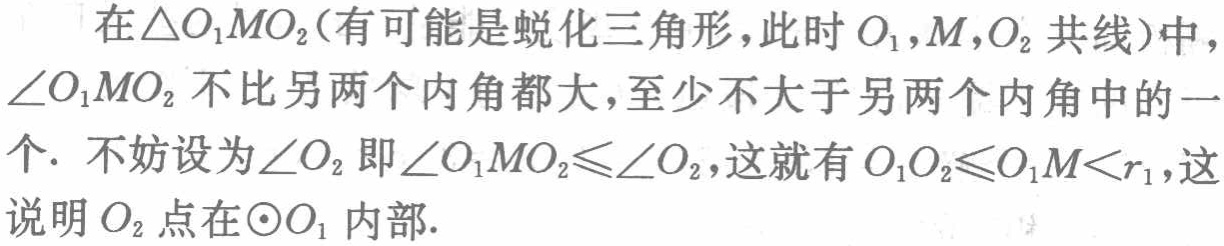
在$\triangle O_{1}MO_{2}$(有可能是蜕化三角形，此时$O_{1},M,O_{2}$共线)中，$\angle O_{1}MO_{2}$不比另两个内角都大，至少不大于另两个内角中的一个. 不妨设为$\angle O_{2}$即$\angle O_{1}MO_{2}\leqslant\angle O_{2}$，这就有$O_{1}O_{2}\leqslant O_{1}M < r_{1}$，这说明$O_{2}$点在$\odot O_{1}$内部.